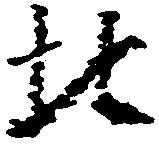
北